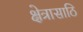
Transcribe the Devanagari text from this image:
क्षेत्रासाठि